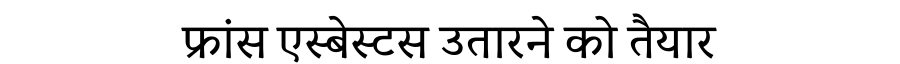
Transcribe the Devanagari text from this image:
फ्रांस एस्बेस्टस उतारने को तैयार